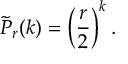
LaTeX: { \tilde { P } } _ { r } ( k ) = \left( { \frac { r } { 2 } } \right) ^ { k } .